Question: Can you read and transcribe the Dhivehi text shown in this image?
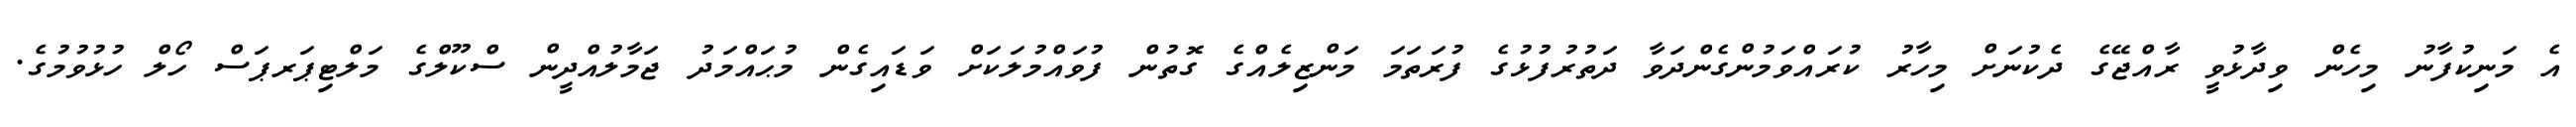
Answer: އެ މަނިކުފާނު މިހެން ވިދާޅުވީ ރާއްޖޭގެ ދެކުނަށް މިހާރު ކުރައްވަމުންގެންދަވާ ދަތުރުފުޅުގެ ފުރަތަމަ މަންޒިލެއްގެ ގޮތުން ފުވައްމުލަކަށް ވަޑައިގެން މުޙައްމަދު ޖަމާލުއްދީން ސްކޫލްގެ މަލްޓިޕަރޕަސް ހޯލް ހުޅުވުމުގެ.